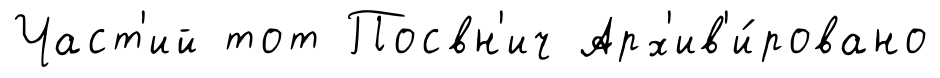
Част'ий тот Посвн'ич Арх'ив'и́ровано